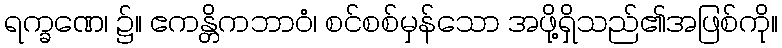
ရက္ခဏေ၊ ၌။ ဧကန္တိကဘာဝံ၊ စင်စစ်မှန်သော အဖို့ရှိသည်၏အဖြစ်ကို။